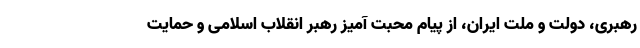
رهبری، دولت و ملت ایران، از پیام محبت آمیز رهبر انقلاب اسلامی و حمایت